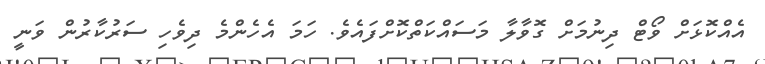
އެއްކޮޅަށް ވޯޓް ދިނުމަށް ގޮވާލާ މަސައްކަތްކޮށްފައެވެ. ހަމަ އެހެންމެ ދިވެހި ސަރުކާރުން ވަނީ